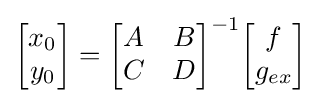
{\begin{bmatrix}x_{0}\\y_{0}\end{bmatrix}}={\begin{bmatrix}A&B\\C&D\end{bmatrix}}^{-1}{\begin{bmatrix}f\\g_{ex}\end{bmatrix}}